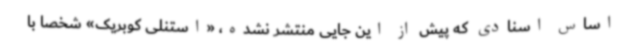
اساس اسنادی که پیش از این جایی منتشر نشده، «استنلی کوبریک» شخصا با